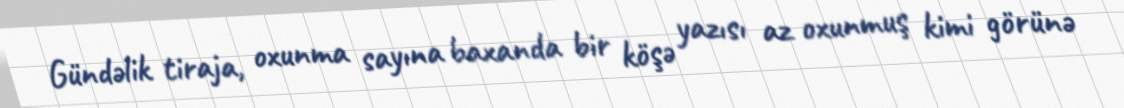
Gündəlik tiraja, oxunma sayına baxanda bir köşə yazısı az oxunmuş kimi görünə